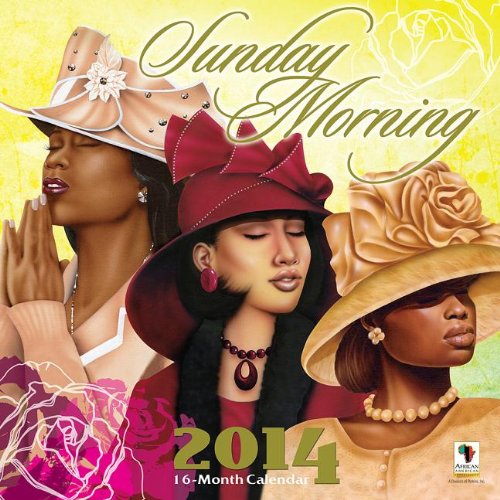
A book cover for Sunday Morning 16-Month Calendar; Calendars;